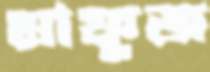
মাফুজ